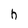
Character: h